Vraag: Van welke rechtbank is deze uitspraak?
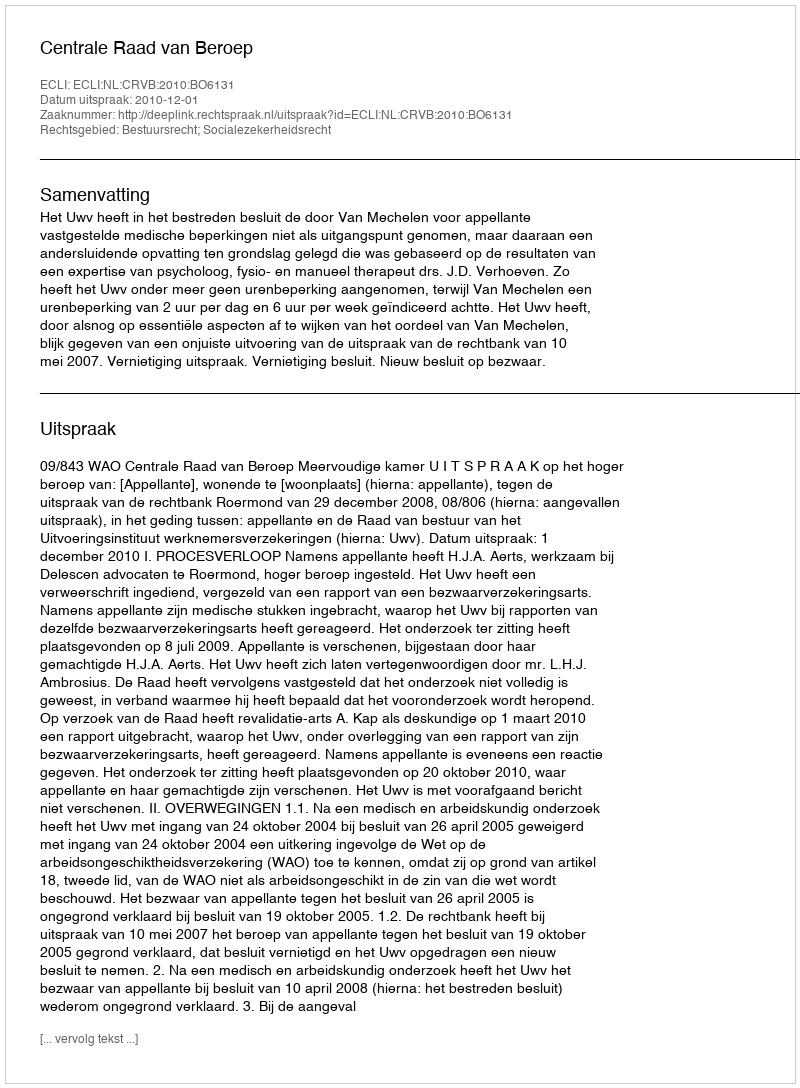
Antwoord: Centrale Raad van Beroep